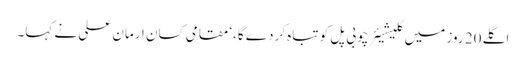
اگلے 20 روز میں گلیشیئر چوبی پل کو تباہ کردے گا،‘ مقامی کسان ارمان علی نے کہا۔